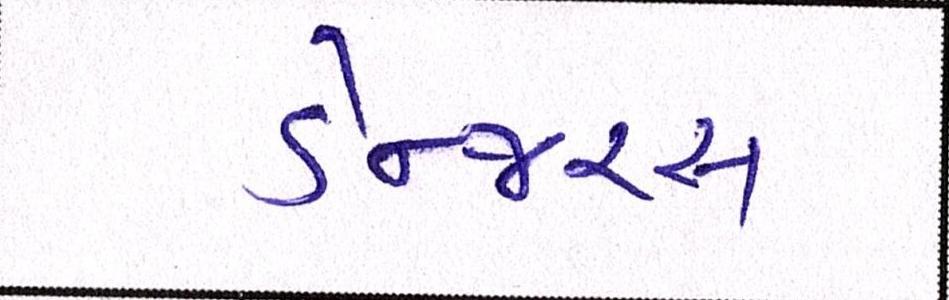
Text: ડેન્જરસ